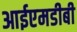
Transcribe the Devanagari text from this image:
आईएमडीबी